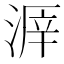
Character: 𣸒